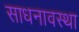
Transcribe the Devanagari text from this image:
साधनावस्था